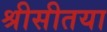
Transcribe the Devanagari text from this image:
श्रीसीतया